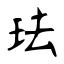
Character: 珐